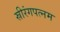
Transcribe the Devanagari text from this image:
स्रीरंगपत्नम